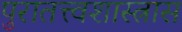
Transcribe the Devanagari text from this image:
पुरातत्त्वशास्त्रास